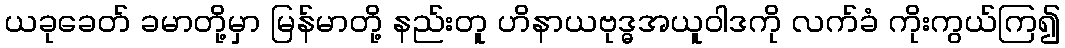
ယခုခေတ် ခမာတို့မှာ မြန်မာတို့ နည်းတူ ဟိနာယဗုဒ္ဓအယူဝါဒကို လက်ခံ ကိုးကွယ်ကြ၍